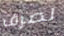
لصرف